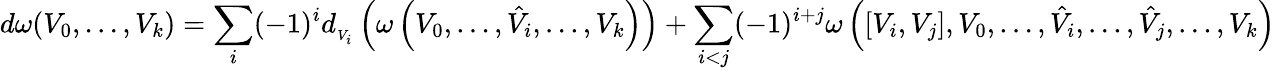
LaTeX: d\omega(V_{0},...,V_{k})=\sum_{i}(-1)^{i}d_{{}_{V_{i}}}\left(\omega\left(V_{0},\ldots,{\hat{V}}_{i},\ldots,V_{k}\right)\right)+\sum_{i<j}(-1)^{i+j}\omega\left(\left[V_{i},V_{j}\right],V_{0},\ldots,{\hat{V}}_{i},\ldots,{\hat{V}}_{j},\ldots,V_{k}\right)